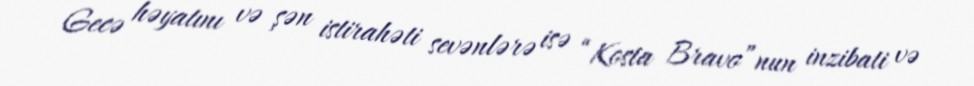
Gecə həyatını və şən istirahəti sevənlərə isə “Kosta Bravo”nun inzibati və